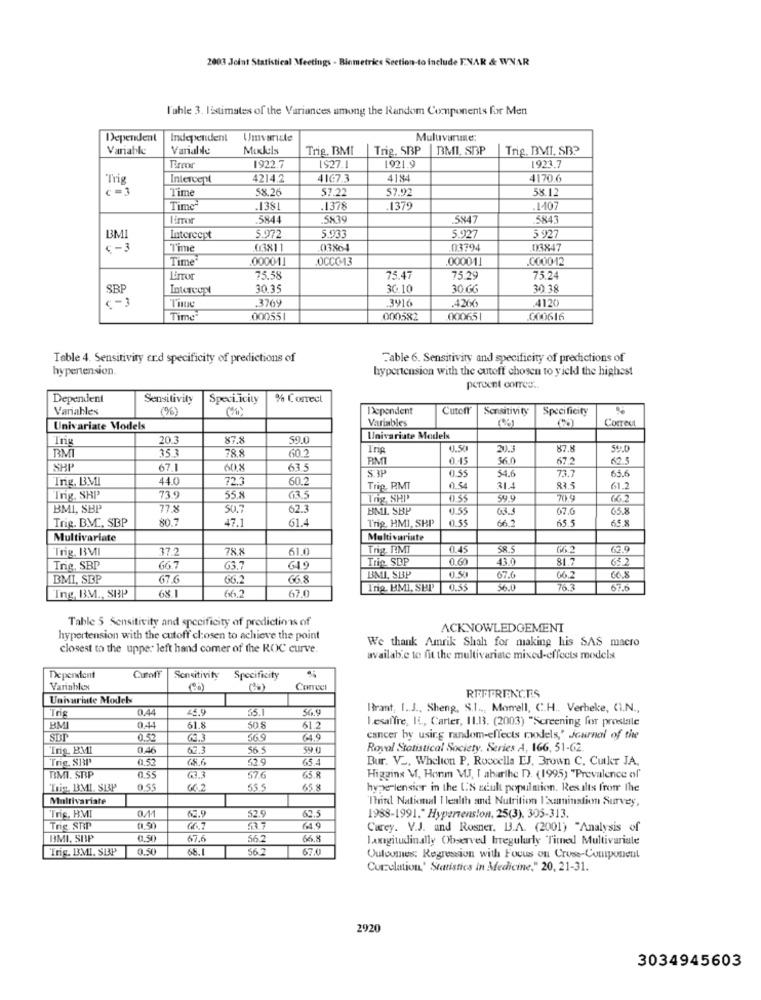
2003 Joint Statistical Meetings - Biometrics Section-to Include ENAR & WNAR
l'ahle 3. IEstimates of the Variances among the Random Components for Men
Dependent
Independent
Muluvanale:
Variable
Variable
Mikkels
Trig, BMI
Trig, SBP
BMI, SBP
Trig, BMI, SB?
1921.9
1922.7
IS27.1
1923.7
Trig
Intercept
4214.2
4167.3
4184
4170.6
Time
58.26
57.22
57.92
58.12
Time-
.1381
.1378
1379
.1-107
5844
5847
5843
BMI
Intercept
5.972
5.933
5.927
5 927
c-3
Time
03811
03794
03847
Time
00001
OCCO13
.000011
.0000 12
L'mor
75.58
75.4
75.29
75.2
SBP
Intercept
30.35
30.10
30 GG
30.38
.3769
.3916
.4260
4120
Time
000551
000582
000651
000616
Table 4. Sensitivity end specificity of predictions of
Fable 6. Sensitivity and specificity of predictions of
hypertension.
hypertension with the cutoff chosen to yield the highest
percent comres ..
Dependent
Sensitivity
Specificity
% Correct
Variables
(%)
Dependent
Cutoff
Sensitivity
Specificity
Variables
Correct
Univariate Models
Ing
20.3
87.8
59.0
Univariate Modelx
RMI
35.3
78.8
60.2
Inp
0.50
20.3
87.8
RMI
0-15
56.0
672
SHP
67.1
60.8
63.5
S.3P
0.55
54.6
73.7
Trig. BMI
44.0
72.3
60.2
65.6
Trip. RMT
054
31.1
833
61.2
Ing. SHP
73.9
55.8
63.5
0 55
59.9
70.9
66.2
BMI, SBP
77.8
50.7
62.3
BML SBP
0.55
63.3
67.6
65.8
Trig. BM ., SBP
80.7
47.1
61.4
Trig, HMI, SHP
0.55
66.2
65.5
65.8
Multivariate
Multivariate
Trig, BMI
37.2
78.8
61.0
Třig. DMT
0.45
S.R.S
66.2
62.9
Trie SEP
0.60
43.0
31.7
65.2
Trig, SBP
66.7
63.7
BMI, SBP
67.6
66.2
66.8
BMI, SUP
67.6
06.2
66.8
Ing, BM ., SBP
68.1
66.2
67.0
Trig. BMI, SEP
0.55
56.0
76.3
67.6
Table 5 Sensitivity and specificity of predictions of
ACKNOWLEDGEMENT
hypertension with the cutoff chosen to achieve the point
We thank Amrik Shah for making his SAS macro
closest to the upper left hand comer of the ROC curve.
available to fit the multivariate mixed-effects models
Dependent
Cutoff
Sensitivity
Specificity
Variablex
REFERENCES
Univariate Modch
Trig
0.44
24.9
55.
56.9
Hrant, I. J ., Sheng, S.1 .., Momell, C.H .. Verbeke, CI.N .,
lesaffre, It, Carter, 11.13. (2003) "Screening for prostale
BM
0.44
61.8
50.8
61.2
SDP
0.52
G2.3
569
64.9
cancer by using random-effects models,' Journal of the
Trig BMI
0.46
62.3
56.5
59.0
Roval Statistical Society. Series A, 166, 51-62.
Trig. SBP'
01.52
65.6
52.9
65.
Bur. V ., Whelton P. Roccella EJ, Brown C, Cukr JA.
055
BMI. SBP
63.3
57.6
65.8
Higgins V, Honm MIJ, I abarthe D. (1995) "Prevalence of
This BMI SEP
0.55
662
55.5
65. 8
hyperlensier in the US zcult population. Results from the
Multivariate
Third National Health and Nutrition I'xamination Survey,
Trig, BMI
62.5
62.9
52.5
1988-1991." Hypertension, 25(3), 305-313.
Trig. SRP
537
64.9
Carey. V.J. and Rosner. B.A. (2001) "Analysis of
BMI, SOP
0.50
67,6
66.8
Longitudinally Observed bregularly Titned Multivariale
Trig. BMI, SBP
0.50
68.1
56
67.0
Outoomes: Regression with Focus on Cross-Component
Correlation,' Statistics in Medicine," 20, 21-31.
2920
3034945603